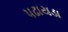
પઢાયડા